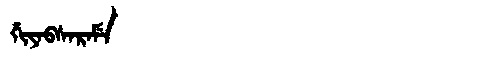
Manchu: ᡤᡳᠶᠠᠪᠰᠠᡵᠠᠮᡝ
Romanization: GIYABSARAME